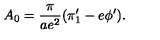
A _ { 0 } = { \frac { \pi } { a e ^ { 2 } } } ( \pi _ { 1 } ^ { \prime } - e \phi ^ { \prime } ) .